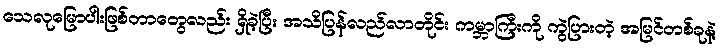
သေလုမြောပါးဖြစ်တာတွေလည်း ရှိခဲ့ပြီး အသိပြန်လည်လာတိုင်း ကမ္ဘာကြီးကို ကွဲပြားတဲ့ အမြင်တစ်ခုနဲ့